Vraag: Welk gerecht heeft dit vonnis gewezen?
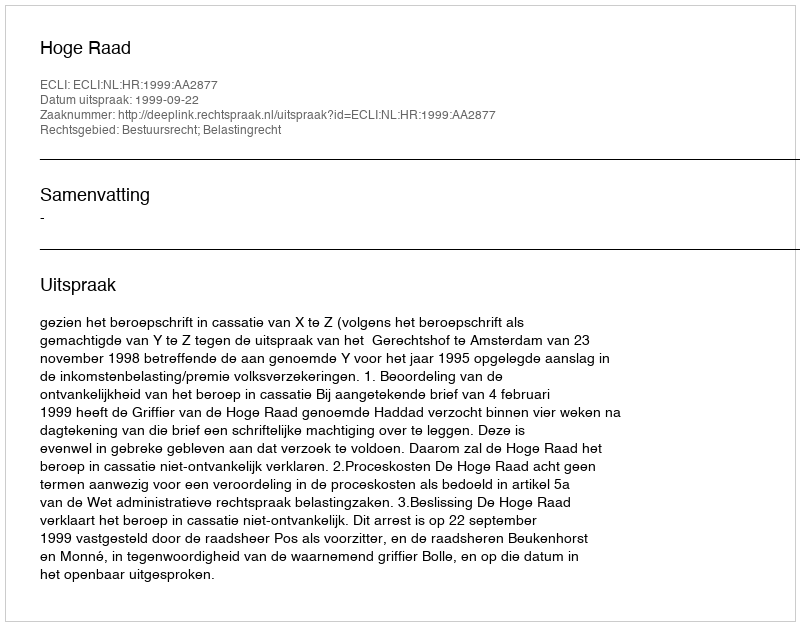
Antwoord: Hoge Raad